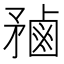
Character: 𪉝